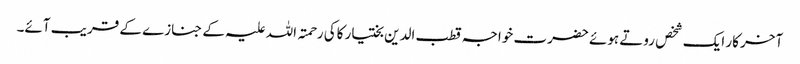
آخر کار ایک شخص روتے ہوئے حضرت خواجہ قطب الدین بختیار کاکی رحمتہ اللہ علیہ کے جنازے کے قریب آئے۔